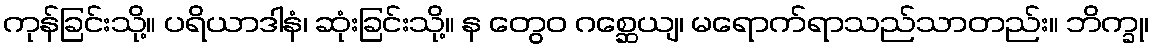
ကုန်ခြင်းသို့။ ပရိယာဒါနံ၊ ဆုံးခြင်းသို့။ န တွေဝ ဂစ္ဆေယျ၊ မရောက်ရာသည်သာတည်း။ ဘိက္ခု၊